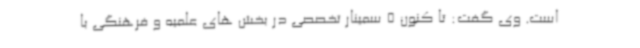
است. وی گفت: تا کنون 5 سمینار تخصصی در بخش های علمیه و فرهنگی با